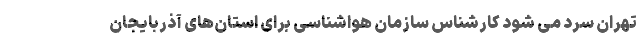
تهران سرد می شود کارشناس سازمان هواشناسی برای استان‌های آذربایجان